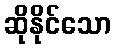
ဆိုနိုင်သော